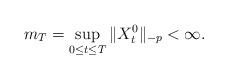
LaTeX: \begin{align*}m_{T}=\sup_{0\leq t\leq T}\Vert X_{t}^{0}\Vert _{-p}<\infty .\end{align*}